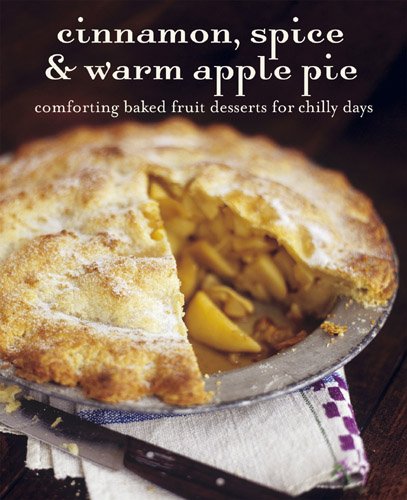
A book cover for Cinnamon Spice & Warm Apple Pie: Comforting Baked Fruit Desserts for Chilly Days; Peters &. Small Ryland; Cookbooks, Food & Wine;